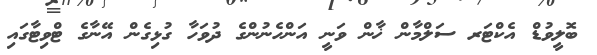
ބޮލީވުޑް އެކްޓަރ ސަލްމާން ޚާން ވަނީ އަންހެނުންގެ ދުވަހާ ގުޅިގެން އޭނާގެ ޓްވިޓާގައި